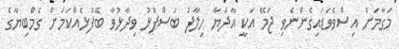
މަގާމަށް އިސްވެވަޑައިގެންނެވި ޖަމޭ އަކީ އާދަޔާ ހިލާފު ބަސްފުޅު ވިދާޅުވާ ބޭފުޅެއްކަމަށް ގެމްބިޔާގެ